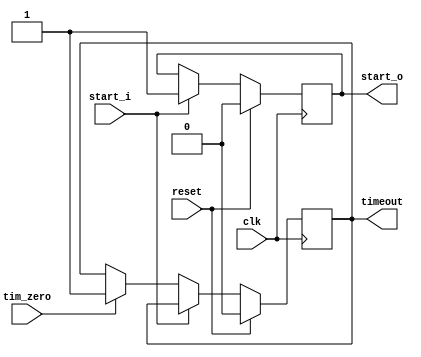
`timescale 1ns / 1ps
//////////////////////////////////////////////////////////////////////////////////
// Company: 
// Engineer: 
// 
// Design Name: 
// Module Name:    fsm 
// Project Name: 
// Target Devices: 
// Tool versions: 
// Description: 
//
// Dependencies: 
//
// Revision: 
// Revision 0.01 - File Created
// Additional Comments: 
//
//////////////////////////////////////////////////////////////////////////////////
module fsm(
	clk,
	reset,
	start_i,
	tim_zero,
	start_o,
	timeout
	 );
	
	input           clk;
	input           reset;
	input           start_i;
	input           tim_zero;

	output reg      start_o;
	output reg      timeout;

	always @( posedge clk )
		begin
			if (reset == 1'b1) begin
				start_o <= 1'b0;
				timeout <= 1'b0;
			end else begin
				if (start_i == 1'b1) begin
					start_o <= 1'b1;
				end else begin
					if (tim_zero == 1'b1) begin
						timeout <= 1'b1;

             end
			end
		end
	end
	 
endmodule